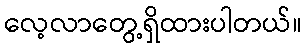
လေ့လာတွေ့ရှိထားပါတယ်။